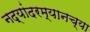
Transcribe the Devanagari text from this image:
नद्यांदरम्यानच्या